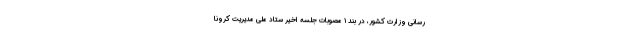
رسانی وزارت کشور، در بند ۱ مصوبات جلسه اخیر ستاد ملی مدیریت کرونا